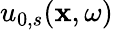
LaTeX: u_{0,s}(\mathbf{x},\omega)